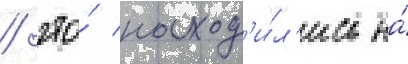
/ что́ наход'и́л'ись на́